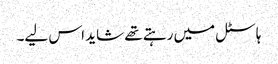
ہاسٹل میں رہتے تھے شاید اس لیے۔